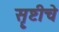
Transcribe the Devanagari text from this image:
सॄष्टीचे